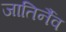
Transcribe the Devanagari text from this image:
जातिर्नैव